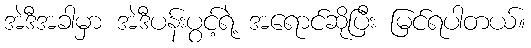
အဲဒီအခါမှာ အဲဒီပန်းပွင့်ရဲ့ အရောင်ဆိုပြီး မြင်ရပါတယ်။